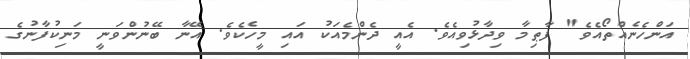
އަންހެނެއްތޯއެވެ" ފާޠިމާ ވިދާޅުވިއެވެ. އެއީ ދެންމެއަކު އައި މީހެކެވެ. އޭނާ ބޭނުންވަނީ މަނިކުފާނުގެ